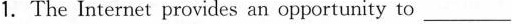
1.The Internet provides an opportunity to ___